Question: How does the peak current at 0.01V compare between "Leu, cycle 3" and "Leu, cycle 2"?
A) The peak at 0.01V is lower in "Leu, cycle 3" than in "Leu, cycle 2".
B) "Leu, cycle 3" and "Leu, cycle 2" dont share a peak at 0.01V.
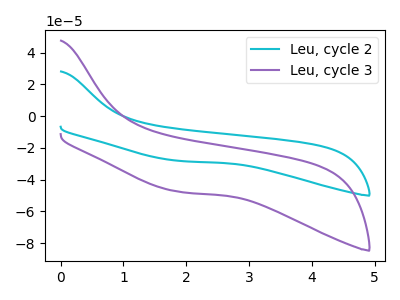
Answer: <think>The cyan curve "Leu, cycle 2" has no peaks. The purple curve "Leu, cycle 3" has no peaks.</think>
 <answer>B) "Leu, cycle 3" and "Leu, cycle 2" dont share a peak at 0.01V.</answer>
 <eval>B</eval>